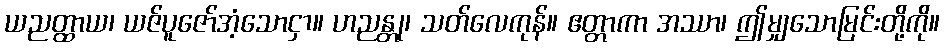
ယညတ္ထာယ၊ ယဇ်ပူဇော်အံ့သောငှာ။ ဟညန္တု၊ သတ်လေကုန်။ ဧတ္တာကာ အဿာ၊ ဤမျှသောမြင်းတို့ကို။